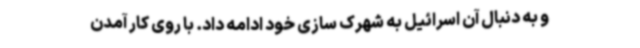
و به دنبال آن اسرائیل به شهرک سازی خود ادامه داد. با روی کار آمدن